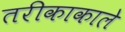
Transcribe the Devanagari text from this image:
तरीकाकाले